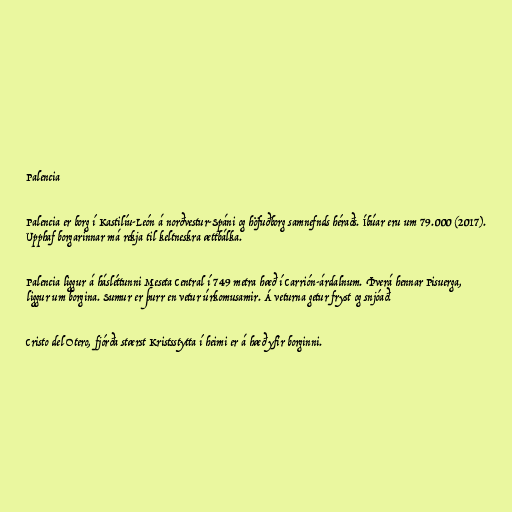
Palencia

Palencia er borg í Kastilíu-León á norðvestur-Spáni og höfuðborg samnefnds héraðs. Íbúar eru um 79.000 (2017).
Upphaf borgarinnar má rekja til keltneskra ættbálka.

Palencia liggur á hásléttunni Meseta Central í 749 metra hæð í Carrión-árdalnum. Þverá hennar Pisuerga,
liggur um borgina. Sumur er þurr en vetur úrkomusamir. Á veturna getur fryst og snjóað.

Cristo del Otero, fjórða stærst Kristsstytta í heimi er á hæð yfir borginni.